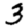
Digit: 3